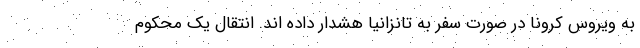
به ویروس کرونا در صورت سفر به تانزانیا هشدار داده اند. انتقال یک محکوم